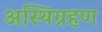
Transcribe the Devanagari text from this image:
अस्थिग्रहण